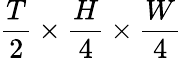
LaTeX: \frac{T}{2}\times\frac{H}{4}\times\frac{W}{4}